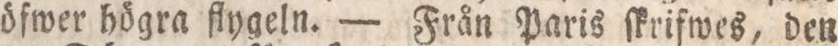
öfwer högra flygeln. — Från Paris ſkrifwes, den